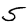
Digit: 5